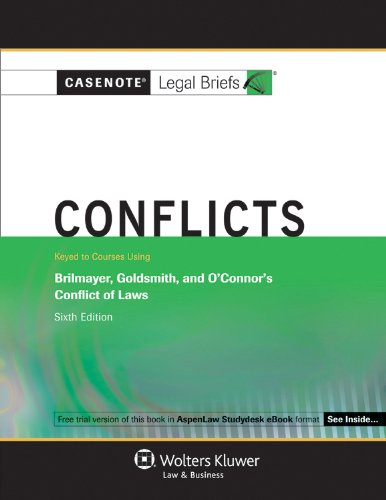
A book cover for Casenote Legal Briefs: Conflicts, Brilmayer, Goldsmith, and O'Hara, 6th Edition; Casenotes Legal Briefs; Law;